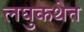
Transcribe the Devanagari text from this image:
लघुकथेत